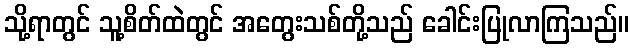
သို့ရာတွင် သူ့စိတ်ထဲတွင် အတွေးသစ်တို့သည် ခေါင်းပြုလာကြသည်။